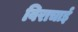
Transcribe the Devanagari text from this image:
विराचाई